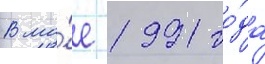
В ма́е 1991 го́да